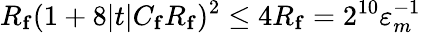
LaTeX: R_{\mathbf{f}}(1+8|t|C_{\mathbf{f}}R_{\mathbf{f}})^{2}\leq 4R_{\mathbf{f}}=2^{10}\varepsilon_{m}^{-1}